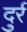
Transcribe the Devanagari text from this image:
दुर्र